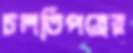
চলতিপত্রের